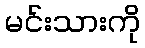
မင်းသားကို